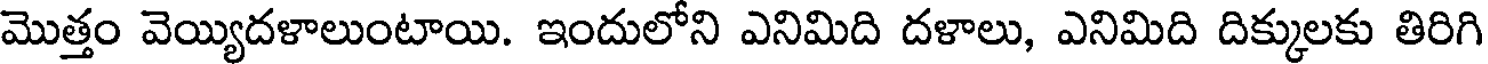
మొత్తం వెయ్యిదళాలుంటాయి. ఇందులోని ఎనిమిది దళాలు, ఎనిమిది దిక్కులకు తిరిగి